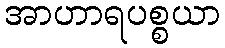
အာဟာရပစ္စယာ